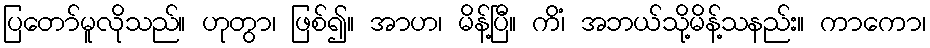
ပြတော်မူလိုသည်။ ဟုတွာ၊ ဖြစ်၍။ အာဟ၊ မိန့်ပြီ။ ကိံ၊ အဘယ်သို့မိန့်သနည်း။ ကာကော၊